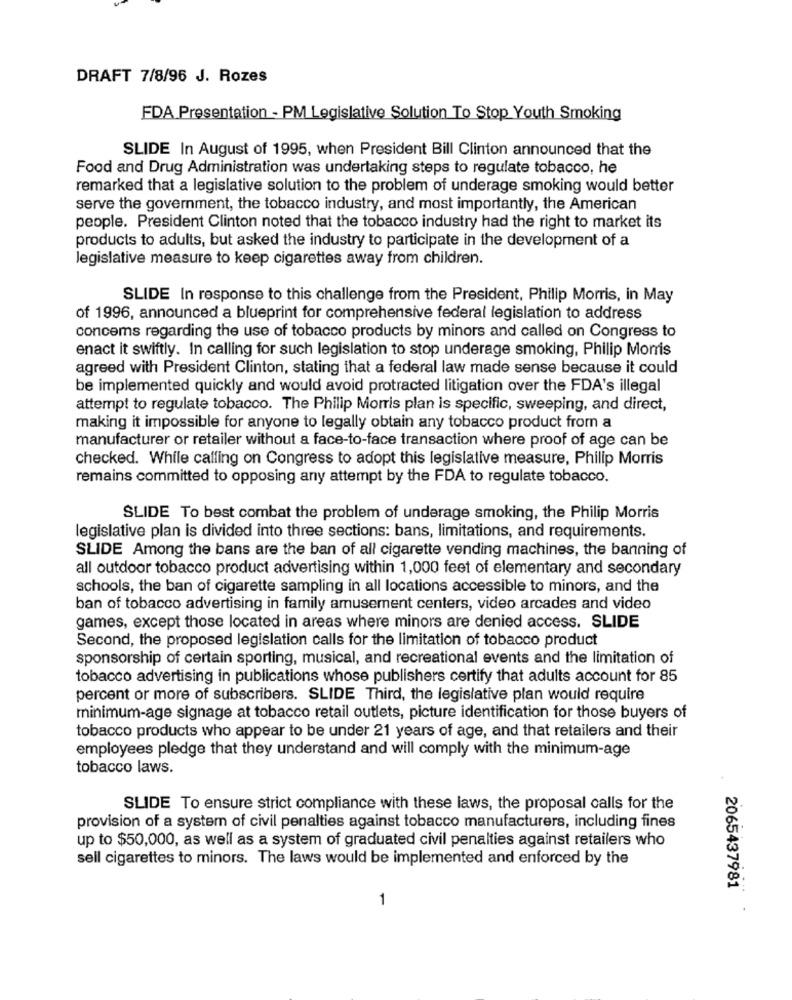
DRAFT 7/8/96 J. Rozes
FDA Presentation - PM Legislative Solution To Stop Youth Smoking
SLIDE In August of 1995, when President Bill Clinton announced that the
Food and Drug Administration was undertaking steps to regulate tobacco, he
remarked that a legislative solution to the problem of underage smoking would better
serve the government, the tobacco industry, and most importantly, the American
people. President Clinton noted that the tobacco industry had the right to market its
products to adults, but asked the industry to participate in the development of a
legislative measure to keep cigarettes away from children.
SLIDE In response to this challenge from the President, Philip Morris, in May
of 1996, announced a blueprint for comprehensive federal legislation to address
concems regarding the use of tobacco products by minors and called on Congress to
enact it swiftly. In calling for such legislation to stop underage smoking, Philip Morris
agreed with President Clinton, stating that a federal law made sense because it could
be implemented quickly and would avoid protracted litigation over the FDA's illegal
attempt to regulate tobacco. The Philip Morris plan is specific, sweeping, and direct,
making it impossible for anyone to legally obtain any tobacco product from a
manufacturer or retailer without a face-to-face transaction where proof of age can be
checked. While calling on Congress to adopt this legislative measure, Philip Morris
remains committed to opposing any attempt by the FDA to regulate tobacco.
SLIDE To best combat the problem of underage smoking, the Philip Morris
legislative plan is divided into three sections: bans, limitations, and requirements.
SLIDE Among the bans are the ban of all cigarette vending machines, the banning of
all outdoor tobacco product advertising within 1,000 feet of elementary and secondary
schools, the ban of cigarette sampling in all locations accessible to minors, and the
ban of tobacco advertising in family amusement centers, video arcades and video
games, except those located in areas where minors are denied access. SLIDE
Second, the proposed legislation calls for the limitation of tobacco product
sponsorship of certain sporting, musical, and recreational events and the limitation of
tobacco advertising in publications whose publishers certify that adults account for 85
percent or more of subscribers. SLIDE Third, the legislative plan would require
minimum-age signage at tobacco retail outlets, picture identification for those buyers of
tobacco products who appear to be under 21 years of age, and that retailers and their
employees pledge that they understand and will comply with the minimum-age
tobacco laws.
SLIDE To ensure strict compliance with these laws, the proposal calls for the
provision of a system of civil penalties against tobacco manufacturers, including fines
up to $50,000, as well as a system of graduated civil penalties against retailers who
sell cigarettes to minors. The laws would be implemented and enforced by the
2065437981
1